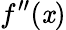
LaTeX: f^{\prime\prime}(\mathit{x})